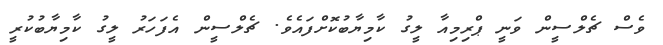
ވެސް ޗެލްސީން ވަނީ ޕްރިމިއާ ލީގު ކާމިޔާބުކޮށްފައެވެ. ޗެލްސީން އެފަހަރު ލީގު ކާމިޔާބުކުރީ